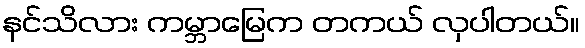
နင်သိလား ကမ္ဘာမြေက တကယ် လှပါတယ်။